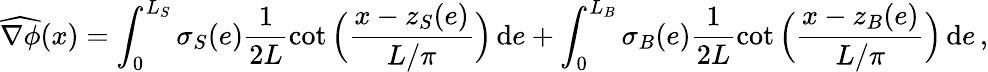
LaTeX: \widehat{\nabla\phi}(x)=\int_{0}^{L_{S}}\sigma_{S}(e)\frac 1{2L}\cot\Big(\frac{x-z_{S}(e)}{L/\pi}\Big)\, \mathrm{d}e+\int_{0}^{L_{B}}\sigma_{B}(e)\frac 1{2L}\cot\Big(\frac{x-z_{B}(e)}{L/\pi}\Big)\, \mathrm{d}e\, ,